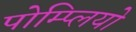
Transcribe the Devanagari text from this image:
पोम्प्लियो